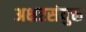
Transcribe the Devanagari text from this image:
अक्षरसंयुक्त